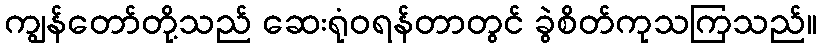
ကျွန်တော်တို့သည် ဆေးရုံဝရန်တာတွင် ခွဲစိတ်ကုသကြသည်။